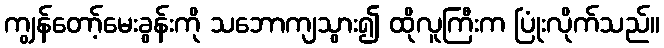
ကျွန်တော့်မေးခွန်းကို သဘောကျသွား၍ ထိုလူကြီးက ပြုံးလိုက်သည်။